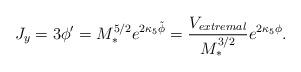
LaTeX: \begin{align*}J_y = 3 \phi' = M_*^{5/2} e^{2\kappa_5 \tilde \phi} =\frac{V_{extremal}}{M_*^{3/2}} e^{2\kappa_5 \phi}.\end{align*}